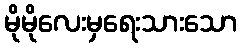
မိုမိုလေးမှရေးသားသော